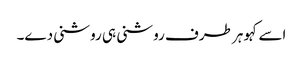
اسے کہو ہر طرف روشنی ہی روشنی دے۔